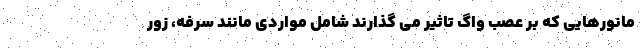
مانورهایی که بر عصب واگ تاثیر می گذارند شامل مواردی مانند سرفه، زور